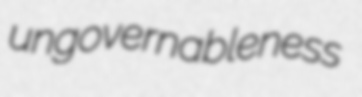
ungovernableness